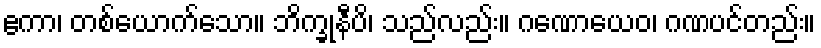
ဧကာ၊ တစ်ယောက်သော။ ဘိက္ခုနီပိ၊ သည်လည်း။ ဂဏောယေဝ၊ ဂဏပင်တည်း။